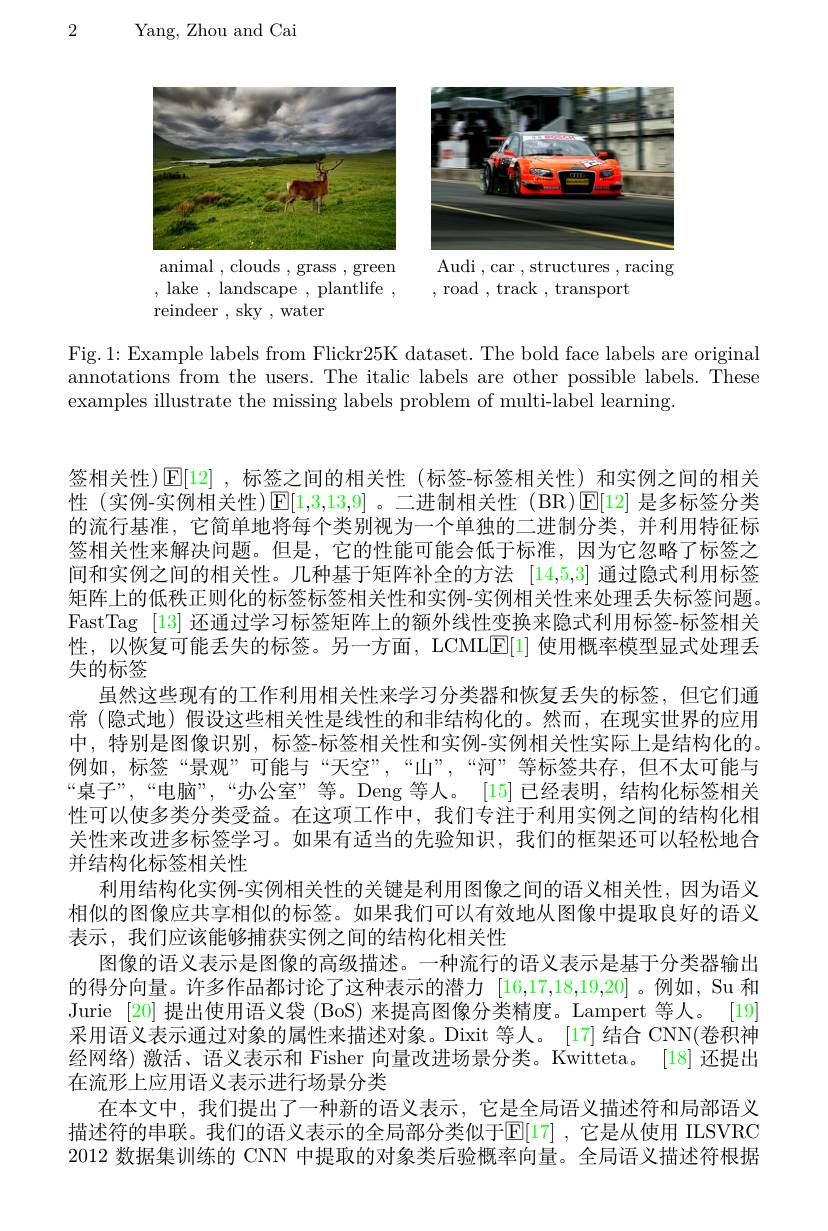
2

Yang, Zhou and Cai

<FigureHere>

animal , clouds , grass , green Audi , car ,structures ,racing

,lake,landscape,plantlife, ,road,track,transport

reindeer , sky ,water

Fig. 1: Example labels from Flickr25K dataset. The bold face labels are original annotations from the users. The italic labels are other possible labels. These examples illustrate the missing labels problem of multi-label learning.

签相关性)$\operatorname{E}[12]~,~$标签之间的相关性(标签-标签相关性)和实例之间的相关性 (实例-实例相关性)[E[1,3,13,9]。二进制相关性 (BR)[E[12] 是多标签分类的流行基准，它简单地将每个类别视为一个单独的二进制分类，并利用特征标签相关性来解决问题。但是，它的性能可能会低于标准，因为它忽略了标签之间和实例之间的相关性。几种基于矩阵补全的方法[14,5,3]通过隐式利用标签矩阵上的低秩正则化的标签标签相关性和实例-实例相关性来处理丢失标签问题。FastTag [13]还通过学习标签矩阵上的额外线性变换来隐式利用标签-标签相关性，以恢复可能丢失的标签。另一方面，LCMLE[1] 使用概率模型显式处理丢失的标签
虽然这些现有的工作利用相关性来学习分类器和恢复丢失的标签，但它们通常 (隐式地) 假设这些相关性是线性的和非结构化的。然而，在现实世界的应用中，特别是图像识别，标签-标签相关性和实例-实例相关性实际上是结构化的。例如，标签“景观”可能与“天空”,“山”,“河”等标签共存，但不太可能与“桌子”,“电脑”,“办公室”等。Deng 等人。[15]已经表明，结构化标签相关性可以使多类分类受益。在这项工作中，我们专注于利用实例之间的结构化相关性来改进多标签学习。如果有适当的先验知识，我们的框架还可以轻松地合并结构化标签相关性
利用结构化实例-实例相关性的关键是利用图像之间的语义相关性，因为语义相似的图像应共享相似的标签。如果我们可以有效地从图像中提取良好的语义表示，我们应该能够捕获实例之间的结构化相关性
图像的语义表示是图像的高级描述。一种流行的语义表示是基于分类器输出的得分向量。许多作品都讨论了这种表示的潜力[16,17,18,19,20]。例如，Su 和Jurie [20] 提出使用语义袋 (BoS) 来提高图像分类精度。Lampert 等人。[19] 采用语义表示通过对象的属性来描述对象。Dixit 等人。[17]结合 CNN(卷积神经网络)激活、语义表示和 Fisher 向量改进场景分类。Kwitteta。[18]还提出在流形上应用语义表示进行场景分类
在本文中，我们提出了一种新的语义表示，它是全局语义描述符和局部语义描述符的串联。我们的语义表示的全局部分类似于$\mathbb{E}[17]$ ,它是从使用 ILSVRC 2012 数据集训练的 CNN 中提取的对象类后验概率向量。全局语义描述符根据